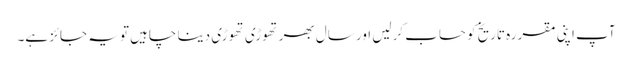
آپ اپنی مقررہ تاریخ کو حساب کرلیں اور سال بھر تھوڑی تھوڑی دینا چاہیں تو یہ جائز ہے۔